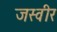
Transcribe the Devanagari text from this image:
जस्वीर